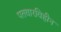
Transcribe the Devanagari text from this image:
पतवारविहीन